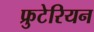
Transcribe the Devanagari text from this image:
फ्रुटेरियन